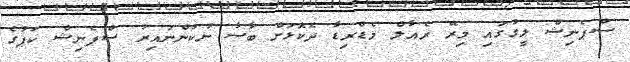
ސްޕެނިޝް ލީގުގައި މިރޭ ރެއާލް މެޑްރިޑާ ދެކޮޅަށް ބާސާ ނުކުންނައިރު ސްޕެނިޝް ކަޕުގެ